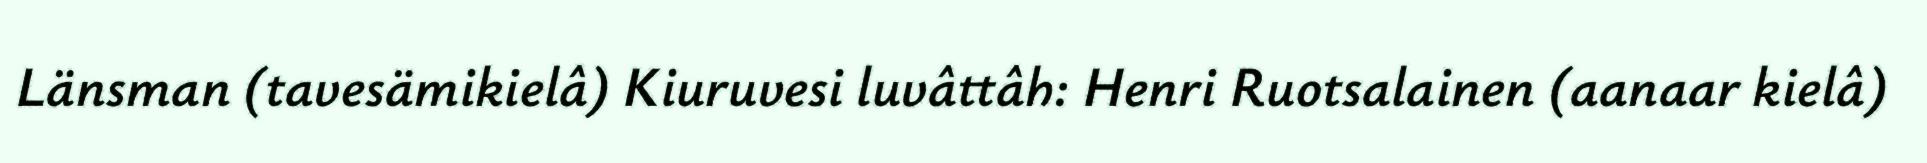
Länsman (tavesämikielâ) Kiuruvesi luvâttâh: Henri Ruotsalainen (aanaar kielâ)